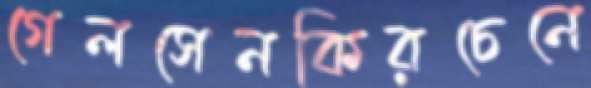
গেলসেনকিরচেনে